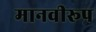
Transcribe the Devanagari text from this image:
मानवीरूप